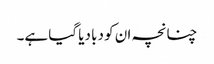
چنانچہ ان کو دبا دیا گیا ہے۔